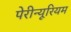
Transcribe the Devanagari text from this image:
पेरीन्यूरियम